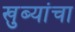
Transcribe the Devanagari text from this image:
खुब्यांचा